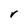
Character: r